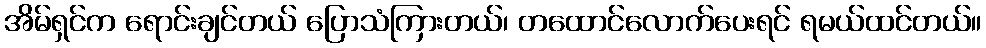
အိမ်ရှင်က ရောင်းချင်တယ် ပြောသံကြားတယ်၊ တထောင်လောက်ပေးရင် ရမယ်ထင်တယ်။